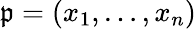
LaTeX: {\mathfrak{p}}=(x_{1},\ldots,x_{n})